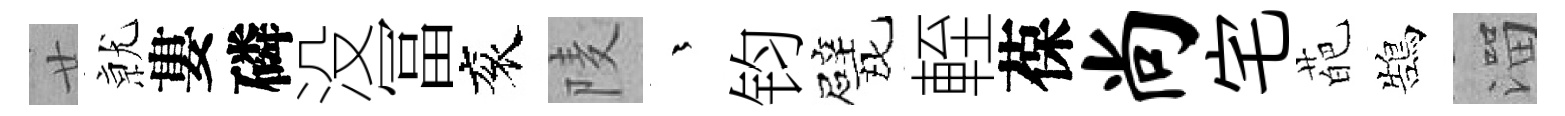
廿𭕒婁磷没冨衮𨹧茫钧戏輊葆尚宅葩鵠溜